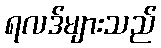
ရလဒ်များသည်